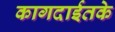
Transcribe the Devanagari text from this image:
कागदाईतके